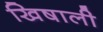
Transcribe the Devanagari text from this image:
खिषाली